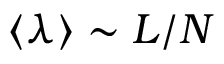
\left< \lambda \right> \sim L / N